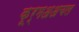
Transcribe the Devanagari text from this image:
कूर्मअअचल